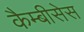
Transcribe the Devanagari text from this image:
कैम्बीसेस